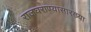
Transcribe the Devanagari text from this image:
राजघराण्यासारख्या